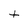
Character: t